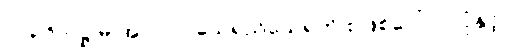
ပါ-၃၆၁၊ ဋ္ဌ-မ-အုပ်-၁၂၊ သေရည်သေရက် စဖြစ်ပေါ်လာပုံနှင့်